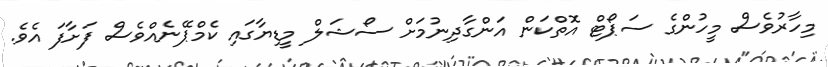
މިހާރުވެސް މީހުންގެ ސަޕޯޓް އޮތްކަން އަންގާދިނުމަށް ސޯޝަލް މީޑިޔާގައި ކެމްޕޭނެއްވެސް ފަށާފަ އެވެ.